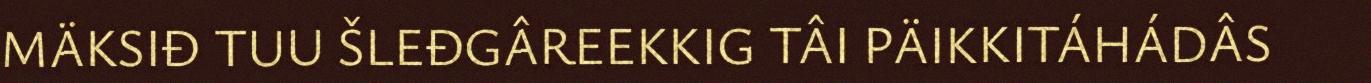
MÄKSIĐ TUU ŠLEĐGÂREEKKIG TÂI PÄIKKITÁHÁDÂS